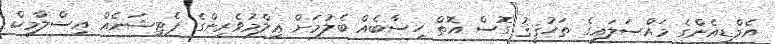
އެމްޑީއެންގެ މައްސަލައިގެ ތަހުޤީޤު ގޮސް އޮތް ހިސާބެއް ބެލުމަށް ޢިލްމުވެރިންގެ ޕެޓިޝަނެއް އިސްލާމިކް